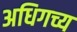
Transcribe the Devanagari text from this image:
अधिगच्य